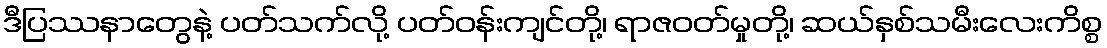
ဒီပြဿနာတွေနဲ့ ပတ်သက်လို့ ပတ်ဝန်းကျင်တို့၊ ရာဇဝတ်မှုတို့၊ ဆယ်နှစ်သမီးလေးကိစ္စ